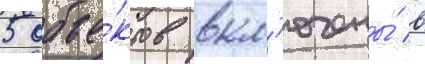
5 объе́ктов вкл'ючены́ в